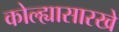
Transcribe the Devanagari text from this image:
कोल्ह्यासारखे